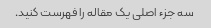
سه جزء اصلی یک مقاله را فهرست کنید.